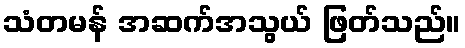
သံတမန် အဆက်အသွယ် ဖြတ်သည်။